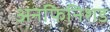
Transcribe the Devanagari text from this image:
अनफिनिशड